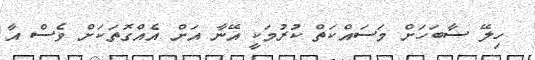
ހިލޭ ސާބަހަށް މަސައްކަތް ކުރުމަކީ އޭނާ އަށް އެއްގޮތަކަށް ވެސް އާ